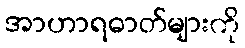
အာဟာရဓာတ်များကို